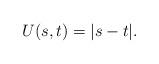
LaTeX: \begin{align*}U(s,t)=|s-t|.\end{align*}